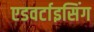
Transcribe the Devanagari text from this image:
एडवर्टाइसिंग